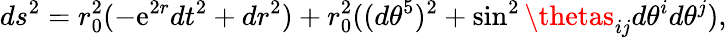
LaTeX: ds^{2}=r_{0}^{2}(-\mathrm{e}^{2r}dt^{2}+dr^{2})+r_{0}^{2}((d\theta^{5})^{2}+\sin^{2}\thetas_{ij}d\theta^{i}d\theta^{j}),